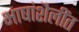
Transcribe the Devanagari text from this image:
भाषांशैलींत